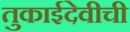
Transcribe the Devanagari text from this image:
तुकाईदेवीची